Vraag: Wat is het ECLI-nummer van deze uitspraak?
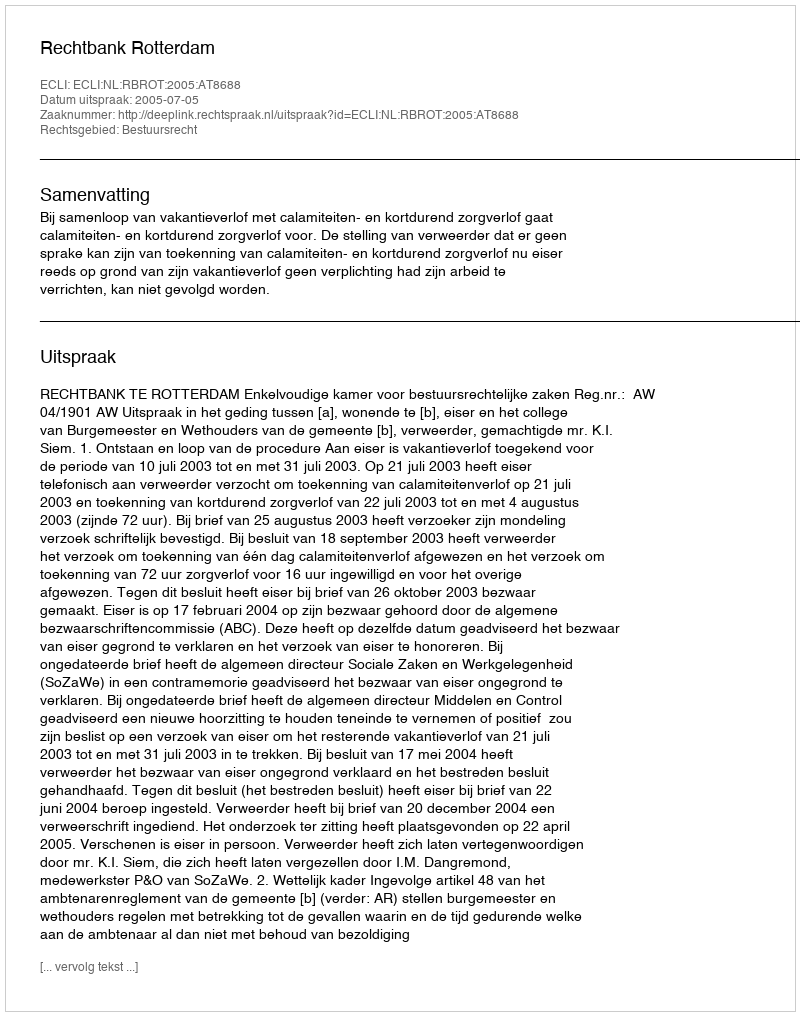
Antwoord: ECLI:NL:RBROT:2005:AT8688